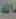
الله